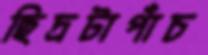
ছিদ্রটাপাঁচ